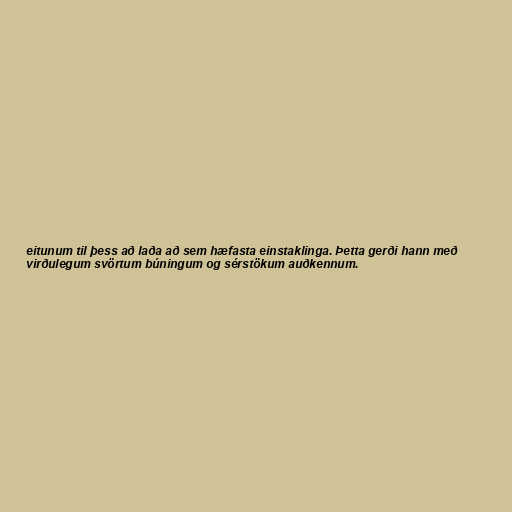
eitunum til þess að laða að sem hæfasta einstaklinga. Þetta gerði hann með
virðulegum svörtum búningum og sérstökum auðkennum.